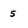
Character: 5